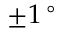
\pm 1 \, ^ { \circ }